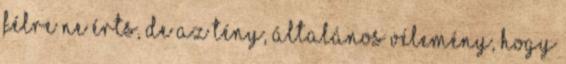
félre ne érts, de az tény, általános vélemény, hogy